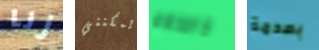
زنا يمكنني خاصتهم بصدمة